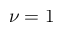
\nu = 1